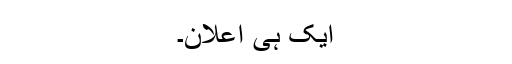
ایک ہی اعلان۔